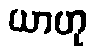
ယာဟု